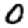
Digit: 0